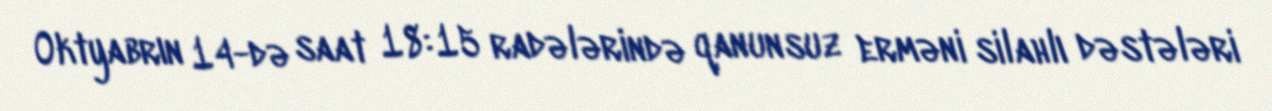
Oktyabrın 14-də saat 18:15 radələrində qanunsuz erməni silahlı dəstələri